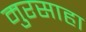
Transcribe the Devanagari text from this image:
मुरसाहा